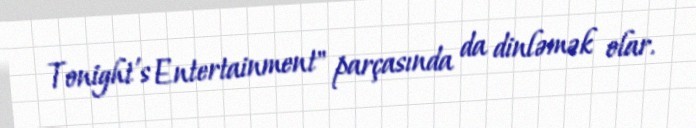
Tonight's Entertainment" parçasında da dinləmək olar.